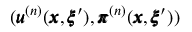
( { \pmb u } ^ { ( n ) } ( { \pmb x } , { \pmb \xi } ^ { \prime } ) , { \pmb \pi } ^ { ( n ) } ( { \pmb x } , { \pmb \xi } ^ { \prime } ) )